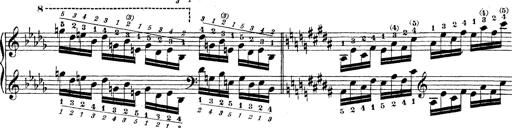
Title: Technische Studien
Composer: Franz Liszt